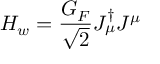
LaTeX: { \cal H } _ { w } = { \frac { G _ { F } } { \sqrt { 2 } } } J _ { \mu } ^ { \dagger } J ^ { \mu }